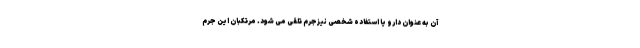
آن به عنوان دارو یا استفاده شخصی نیزجرم تلقی می شود. مرتکبان این جرم